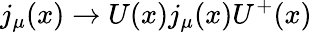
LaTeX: j_{\mu}(x)\rightarrow U(x)j_{\mu}(x)U^{+}(x)